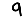
Digit: 9